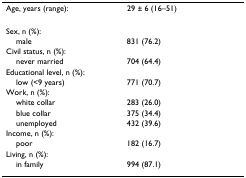
| Age, years (range): | 29 ± 6 (16–51) |
 | --- | --- |
 | Sex, n (%): |  |
 | male | 831 (76.2) |
 | Civil status, n (%): |  |
 | never married | 704 (64.4) |
 | Educational level, n (%): |  |
 | low (<9 years) | 771 (70.7) |
 | Work, n (%): |  |
 | white collar | 283 (26.0) |
 | blue collar | 375 (34.4) |
 | unemployed | 432 (39.6) |
 | Income, n (%): |  |
 | poor | 182 (16.7) |
 | Living, n (%): |  |
 | in family | 994 (87.1) |